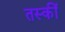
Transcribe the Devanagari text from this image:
तस्कीं